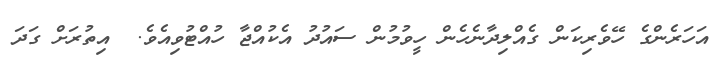
އަހަރެންގެ ހޭވެރިކަން ގެއްލިދާނެހެން ހީވުމުން ސައުދު އެކުއްޖާ ހުއްޓުވިއެވެ.  އިތުރަށް ގަދަ